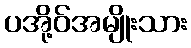
ပအို့ဝ်အမျိုးသား